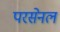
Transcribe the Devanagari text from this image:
परसेनल